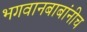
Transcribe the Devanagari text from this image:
भगवानबाबांनीच